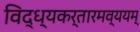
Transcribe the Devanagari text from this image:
विद्ध्यकर्तारमव्ययम्‌